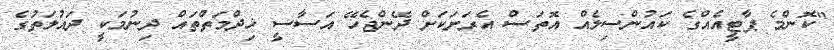
"ކޮންމެ ޕާޓީއެއްގެ ކައުންސިލެއް އޮތަސް އެރަށަކަށް ދޭންޖެހޭ އަސާސީ ޚިދްމަތްތައް ދިނުމަކީ ދައުލަތުގެ